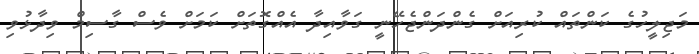
މަޖިލީހުގެ ކަންތައް ކުރިއަށް ގެންދަންޖެހޭނީ ގަވާއިދާ އެއްގޮތަށް ކަމަށް ވެސް ގާސިމް ވިދާޅުވި